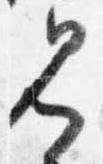
見